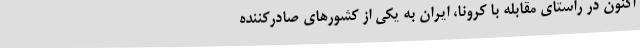
اکنون در راستای مقابله با کرونا، ایران به یکی از کشورهای صادرکننده